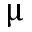
\upmu